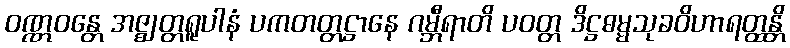
ဝဏ္ဏဝန္တေ အဇ္ဈတ္တရူပါနံ ပကတတ္တဋ္ဌာနေ ဂမ္ဘီရာတိ ပဝတ္တ ဒိဋ္ဌဓမ္မသုခဝိဟာရတ္ထန္တိ